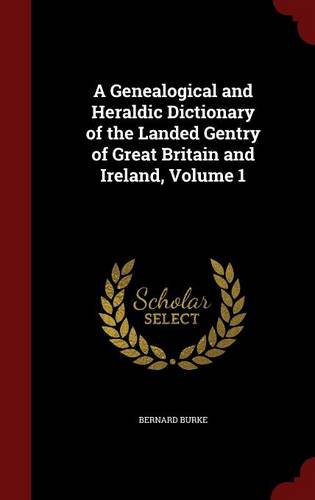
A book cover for A Genealogical and Heraldic Dictionary of the Landed Gentry of Great Britain and Ireland, Volume 1; Bernard Burke; Biographies & Memoirs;